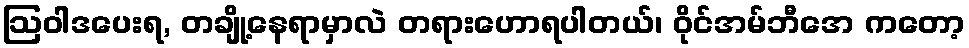
ဩဝါဒပေးရ, တချို့နေရာမှာလဲ တရားဟောရပါတယ်၊ ဝိုင်အမ်ဘီအေ ကတော့